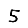
Digit: 5